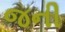
જની